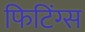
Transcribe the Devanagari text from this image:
फिटिंग्स